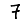
Digit: 7